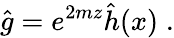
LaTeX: \hat{g}=e^{2mz}\hat{h}(x)\; .